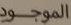
الموجود